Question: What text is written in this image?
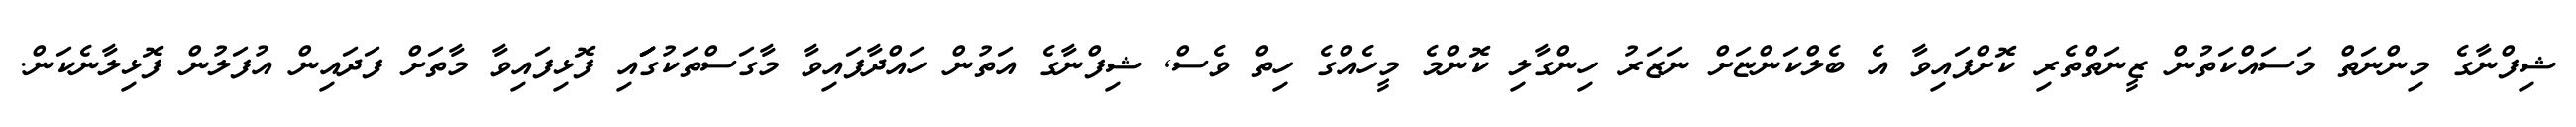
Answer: ޝިފްނާގެ މިންނަތް މަސައްކަތުން ޒީނަތްތެރި ކޮށްފައިވާ އެ ބެލްކަންޏަށް ނަޒަރު ހިންގާލި ކޮންމެ މީހެއްގެ ހިތް ވެސް, ޝިފްނާގެ އަތުން ހައްދާފައިވާ މާގަސްތަކުގަަަައި ފޮޅިފައިވާ މާތަށް ފަދައިން އުފަލުން ފޮޅިލާނެކަން.